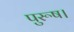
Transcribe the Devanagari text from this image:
पुरूष।